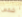
شخص